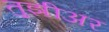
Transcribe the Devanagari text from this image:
तुझीअर